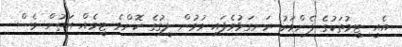
އެއީ ޓީމުތަކުގެ ފެންވަރު ރަނގަޅުވެފައި ވުމުން ލީގުގެ ކޮންމެ ޓީމެއް އަތުން ވެސް